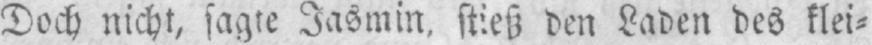
Doch nicht, sagte Jasmin, stieß den Laden des klei⸗